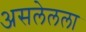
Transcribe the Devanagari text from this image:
असलेलला